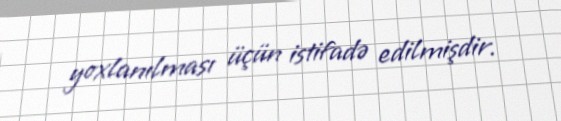
yoxlanılması üçün istifadə edilmişdir.